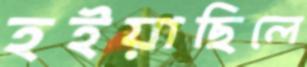
হইয়াছিলে